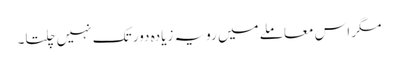
مگر اس معاملے میں رویہ زیادہ دور تک نہیں چلتا۔